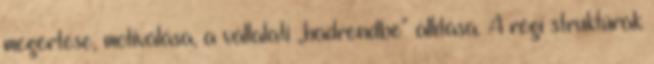
megértése, motiválása, a vállalati „hadrendbe” állítása. A régi struktúrák